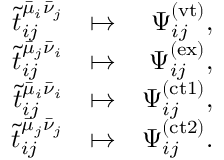
\begin{array} { r l r } { \tilde { t } _ { i j } ^ { \bar { \mu } _ { i } \bar { \nu } _ { j } } } & { \mapsto } & { \Psi _ { i j } ^ { ( \mathrm { v t } ) } , } \\ { \tilde { t } _ { i j } ^ { \bar { \mu } _ { j } \bar { \nu } _ { i } } } & { \mapsto } & { \Psi _ { i j } ^ { ( \mathrm { e x } ) } , } \\ { \tilde { t } _ { i j } ^ { \bar { \mu } _ { i } \bar { \nu } _ { i } } } & { \mapsto } & { \Psi _ { i j } ^ { ( \mathrm { c t 1 } ) } , } \\ { \tilde { t } _ { i j } ^ { \bar { \mu } _ { j } \bar { \nu } _ { j } } } & { \mapsto } & { \Psi _ { i j } ^ { ( \mathrm { c t 2 } ) } . } \end{array}